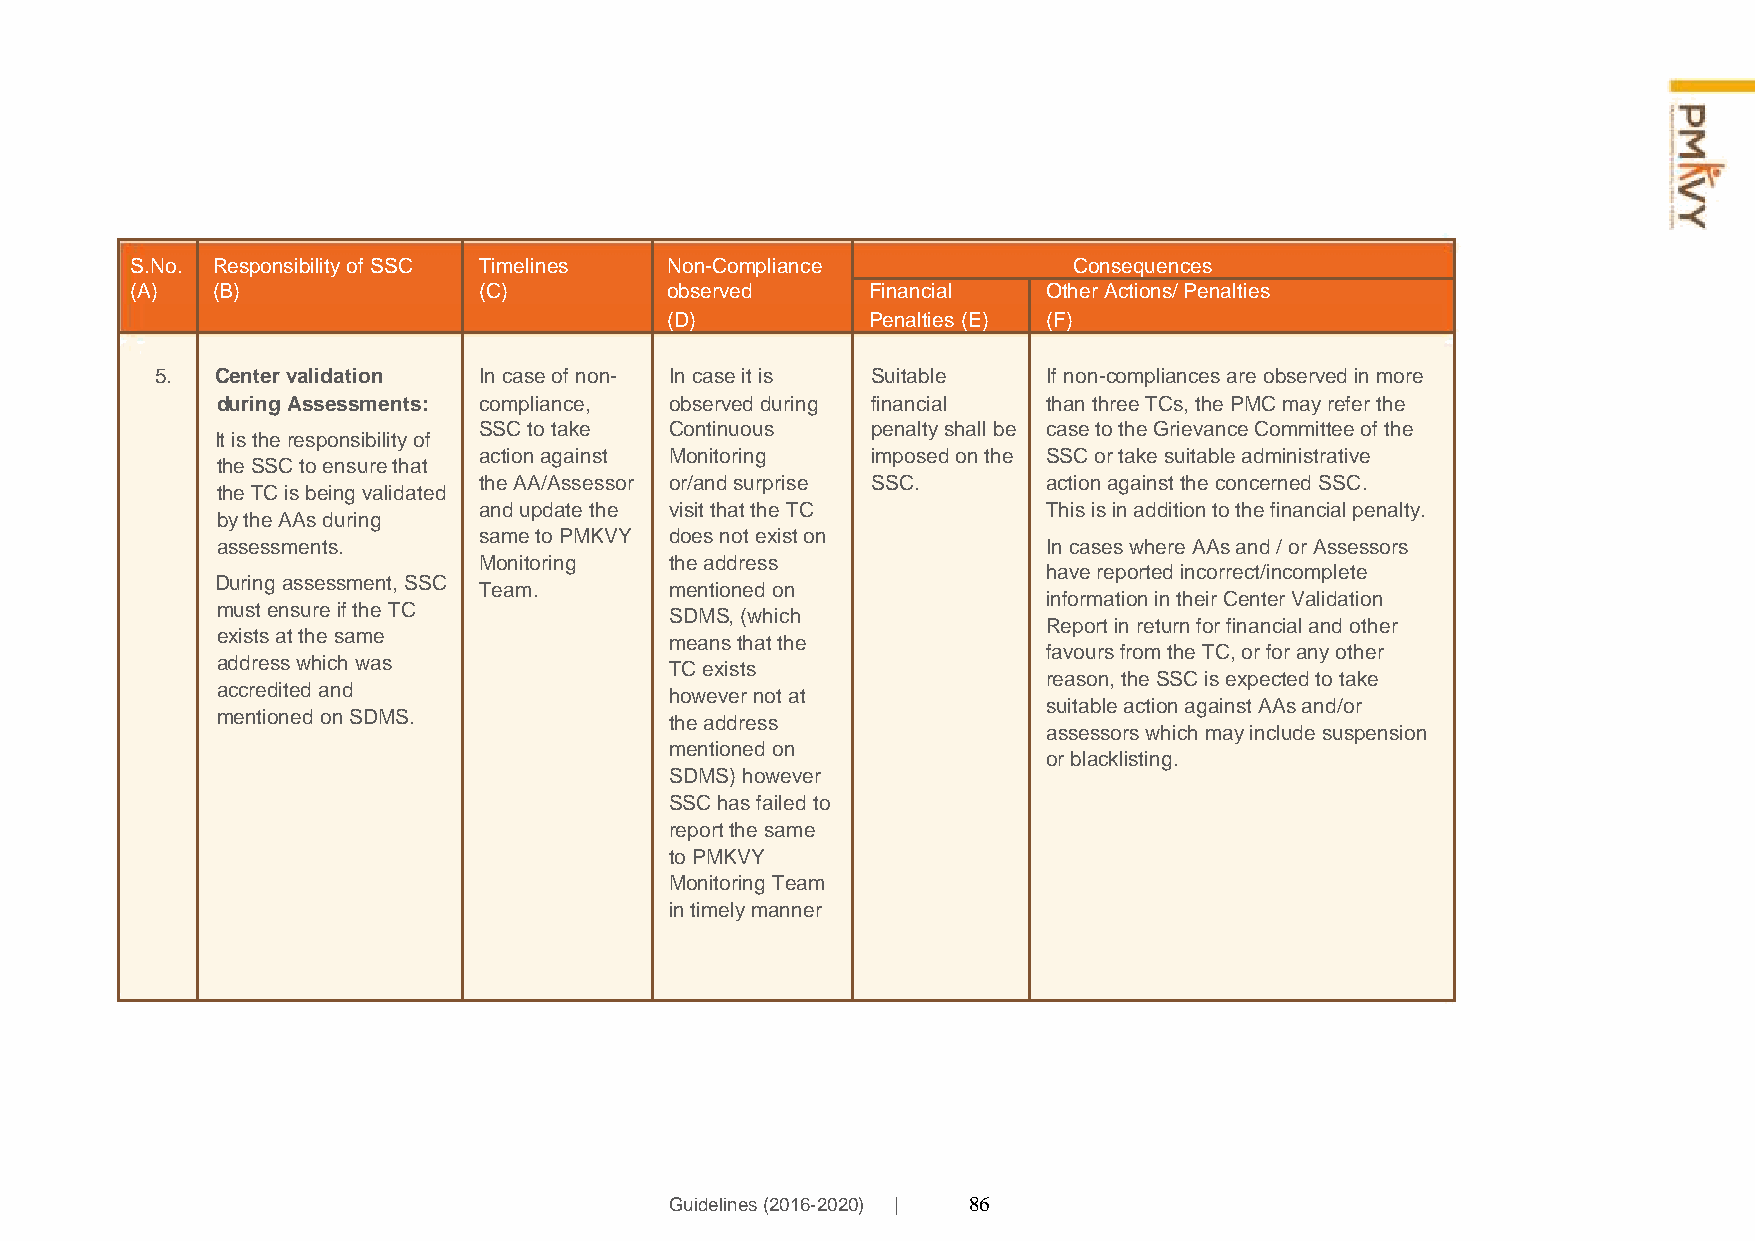
S.No. Responsibility of SSC Timelines Non-Compliance          Consequences
 (A)  (B)               (C)         observed      Financial  Other Actions/ Penalties
 (D)           Penalties (E) (F)
 5.  Center validation In case of non- In case it is Suitable If non-compliances are observed in more
 during Assessments: compliance, observed during financial than three TCs, the PMC may refer the
 SSC to take Continuous    penalty shall be case to the Grievance Committee of the
 It is the responsibility of
 action against Monitoring imposed on the SSC or take suitable administrative
 the SSC to ensure that
 the AA/Assessor or/and surprise SSC. action against the concerned SSC.
 the TC is being validated
 and update the visit that the TC     This is in addition to the financial penalty.
 by the AAs during
 same to PMKVY does not exist on
 assessments.                                           In cases where AAs and / or Assessors
 Monitoring  the address
 have reported incorrect/incomplete
 During assessment, SSC
 Team.       mentioned on
 information in their Center Validation
 must ensure if the TC         SDMS, (which
 exists at the same            means that the
 Report in return for financial and other
 address which was             TC exists
 favours from the TC, or for any other
 accredited and                however not at
 reason, the SSC is expected to take
 mentioned on SDMS.            the address
 suitable action against AAs and/or
 assessors which may include suspension
 mentioned on
 or blacklisting.
 SDMS) however
 SSC has failed to
 report the same
 to PMKVY
 Monitoring Team
 in timely manner
 Guidelines (2016-2020) | 86